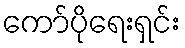
ကော်ပိုရေးရှင်း